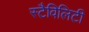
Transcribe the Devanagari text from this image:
स्टैविलिटी